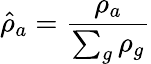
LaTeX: \hat{\rho}_{a}=\frac{\rho_{a}}{\sum_{g}\rho_{g}}